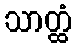
သာတ္ထံ